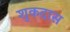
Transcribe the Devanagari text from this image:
शुकदास